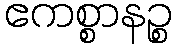
ဧကစ္စာနဉ္စ